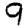
Digit: 9